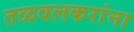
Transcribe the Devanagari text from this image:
तळवलकरांना